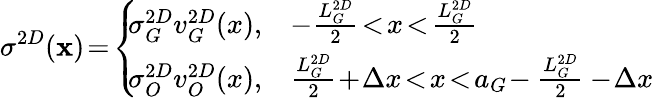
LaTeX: \sigma^{2D}(\mathbf{x})\! =\! \left\{ \! \! \begin{array}{ll}{\sigma_{G}^{2D}v_{G}^{2D}(x),}&{-\frac{L_{G}^{2D}}{2}\! <\! x\! <\! \frac{L_{G}^{2D}}{2}}\\ {\sigma_{O}^{2D}v_{O}^{2D}(x),}&{\frac{L_{G}^{2D}}{2}\! +\! \Delta x\! <\! x\! <\! a_{G}\! -\frac{L_{G}^{2D}}{2}-\! \Delta x}\end{array}\right.